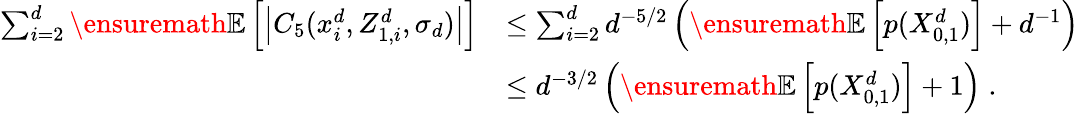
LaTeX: \begin{array}{rl}{\sum_{i=2}^{d}\ensuremath{\mathbb{E}\left[\left\vert C_{5}(x_{i}^{d},Z_{1,i}^{d},\sigma_{d})\right\vert\right]}}&{\leq\sum_{i=2}^{d}d^{-5/2}\left(\ensuremath{\mathbb{E}\left[p(X_{0,1}^{d})\right]}+d^{-1}\right)}\\ &{\leq d^{-3/2}\left(\ensuremath{\mathbb{E}\left[p(X_{0,1}^{d})\right]}+1\right)\; .}\end{array}